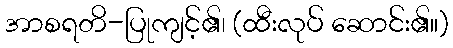
အာစရတိ-ပြုကျင့်၏၊ (ထီးလုပ် ဆောင်း၏။)